Vaccination in Bombay 1924-1928 - 1924-1928
Year: 1924
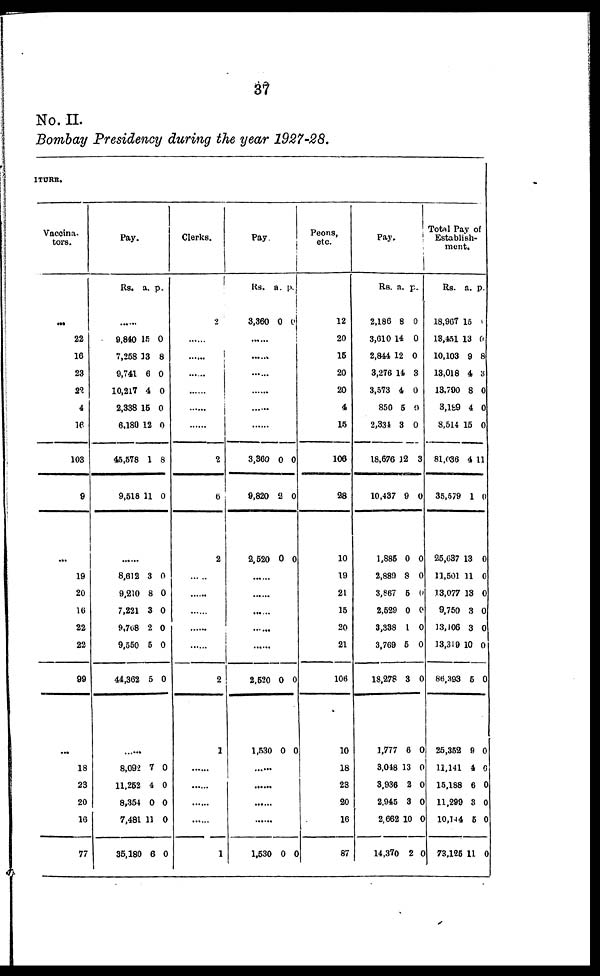
37
No. II.
Bombay Presidency during the year 1927-28.
ITURE.
Vaccina¬
tors.
...
22
16
23
22
4
16
103
9
...
19
20
16
22
22
99
...
18
23
20
16
77
Pay.
Rs. a. p.
......
9,840
7,258
9,741
10,217
2,338
6,180
45,578
9,518
15
13
6
4
15
12
1
11
0
8
0
0
0
0
8
0
......
8,612
9,210
7,221
9,768
9,550
44,362
3
8
3
2
5
5
0
0
0
0
0
0
......
8,092
11,252
8,354
7,481
35,180
7
4
0
11
6
0
0
0
0
0
Clerks.
2
......
......
......
......
......
......
2
6
2
......
......
......
2
1
......
......
......
1
Pay.
Rs.
3,360
a.
0
p.
0
......
......
......
3,360
9,820
2,520
0
2
0
0
0
0
......
2,520
1,530
0
0
0
0
......
......
......
1,530 0 0
Peons,
etc.
12
20
15
20
20
4
15
106
38
10
19
21
15
20
21
106
10
18
23
80
16
87
Pay.
Rs.
2,186
3,610
2,844
3,276
3,573
850
2,334
18,676
10,437
1,885
2,889
3,867
2,529
3,338
3,769
18,278
1,777
3,048
3,936
2,945
2,662
14,370
a.
8
14
12
14
4
5
3
12
9
0
8
5
0
1
5
3
6
13
2
3
10
2
p.
0
0
0
3
0
0
0
3
0
0
0
0
0
0
0
0
0
0
0
0
0
0
Total Pay of
Establish-
ment.
Rs.
18,907
18,451
10,103
13,018
13,790
3,199
8,514
81,036
35,579
25,037
11,501
13,077
9,750
13,106
13,319
86,393
25,352
11,141
15,188
11,299
10,144
73,125
a.
15
13
9
4
8
4
15
4
1
13
11
13
3
3
10
5
9
4
6
3
5
11
p.
0
0
8
3
0
0
0
11
0
0
0
0
0
0
0
0
0
0
0
0
0
0